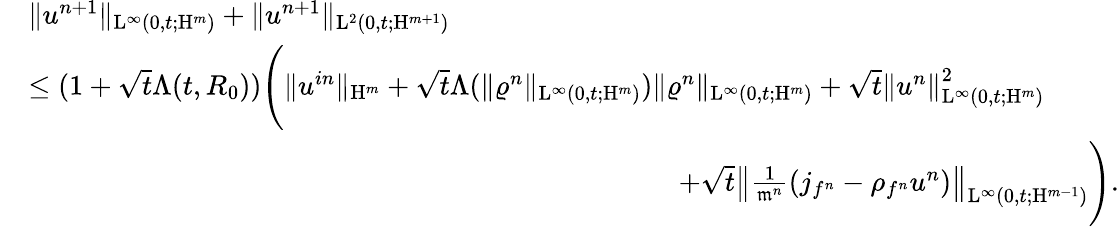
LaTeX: \begin{array}{rl}&{\Vert u^{n+1}\Vert_{\mathrm{L}^{\infty}(0,t;\mathrm{H}^{m})}+\Vert u^{n+1}\Vert_{\mathrm{L}^{2}(0,t;\mathrm{H}^{m+1})}}\\ &{\leq(1+\sqrt{t}\Lambda(t,R_{0}))\Bigg(\Vert u^{in}\Vert_{\mathrm{H}^{m}}+\sqrt{t}\Lambda(\Vert\varrho^{n}\Vert_{\mathrm{L}^{\infty}(0,t;\mathrm{H}^{m})})\Vert\varrho^{n}\Vert_{\mathrm{L}^{\infty}(0,t;\mathrm{H}^{m})}+\sqrt{t}\left\Vert u^{n}\right\Vert_{\mathrm{L}^{\infty}(0,t;\mathrm{H}^{m})}^{2}}\\ &{\quad\qquad\qquad\quad\qquad\qquad\quad\qquad\qquad\qquad\qquad\qquad\qquad+\sqrt{t}\left\Vert\frac{1}{\mathfrak{m}^{n}}(j_{f^{n}}-\rho_{f^{n}}u^{n})\right\Vert_{\mathrm{L}^{\infty}(0,t;\mathrm{H}^{m-1})}\Bigg).}\end{array}